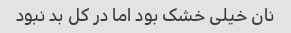
نان خیلی خشک بود اما در کل بد نبود